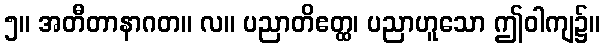
၅။ အတီတာနာဂတ။ လ။ ပညာတိဧတ္ထ၊ ပညာဟူသော ဤဝါကျ၌။